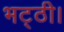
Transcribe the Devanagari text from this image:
भट्ठी।